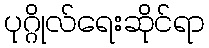
ပုဂ္ဂိုလ်ရေးဆိုင်ရာ